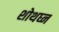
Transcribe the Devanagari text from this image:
शोथघ्न